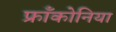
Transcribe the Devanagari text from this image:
फ्रॉंकोनिया